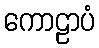
ကောဠာပံ